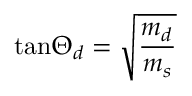
\mathrm { t a n } \Theta _ { d } = \sqrt { \frac { m _ { d } } { m _ { s } } }